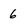
Character: 6